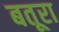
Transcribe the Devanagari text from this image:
बतूरा